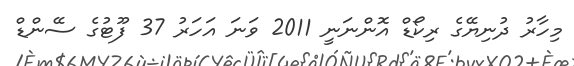
މިހާރު ދުނިޔޭގެ ރިކޯޑް އޮންނަނީ 2011 ވަނަ އަހަރު 37 ފޫޓުގެ ސޭންޑް